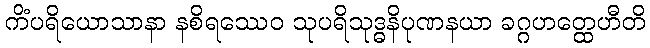
ကိံပရိယောသာနာ နစိရဿေဝ သုပရိသုဒ္ဓနိပုဏနယာ ခဂ္ဂဟတ္ထေဟီတိ